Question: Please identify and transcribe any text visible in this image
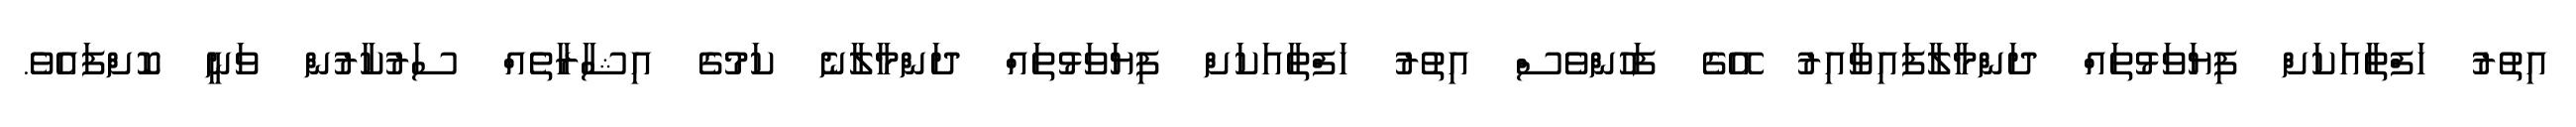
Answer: އިތުރު ހަފްތާއަކަށް ފިޔަވަޅުތައް ދަންމާލާފައިވާއިރު އޭގެ ފަހުންވެސް އިތުރު ހަފްތާއަކަށް ފިޔަވަޅުތައް ދަންމާލާނެ ކަމުގެ އިޝާރާތެއް ސަރުކާރުން ވަނީ ކޮށްފައެވެ.